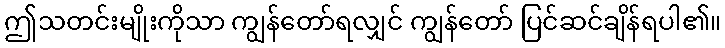
ဤသတင်းမျိုးကိုသာ ကျွန်တော်ရလျှင် ကျွန်တော် ပြင်ဆင်ချိန်ရပါ၏။